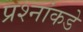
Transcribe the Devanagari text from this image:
प्रश्‍नांकडे